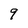
Character: 9